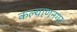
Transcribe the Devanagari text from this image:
कल्याणनगर